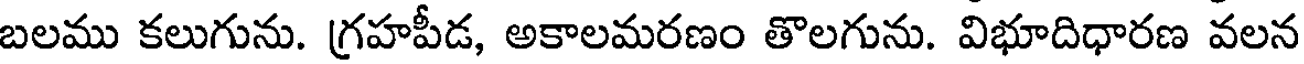
బలము కలుగును. గ్రహపీడ, అకాలమరణం తొలగును. విభూదిధారణ వలన